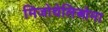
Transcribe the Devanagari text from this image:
मिजोथेलिओमा